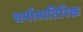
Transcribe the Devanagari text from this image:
धर्माव्यतिरिक्त